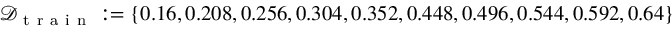
\mathcal { D } _ { \mathrm { ~ t ~ r ~ a ~ i ~ n ~ } } : = \{ 0 . 1 6 , 0 . 2 0 8 , 0 . 2 5 6 , 0 . 3 0 4 , 0 . 3 5 2 , 0 . 4 4 8 , 0 . 4 9 6 , 0 . 5 4 4 , 0 . 5 9 2 , 0 . 6 4 \}